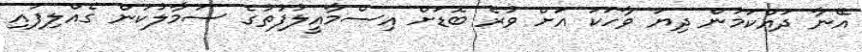
އޭނާ ދައްކަމުން ދިޔަ ވާހަކަ އަށް ވުރެ ބޮޑަށް އިސްމާއީލުފުތުގެ ސަމާލުކަން ގެއްލިފައި